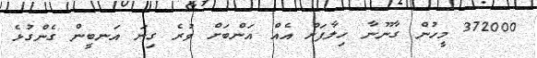
372000 މީހުން ގާނޫނާ ހިލާފަށް އެއް އަންބަށް ވުރެ ގިނަ އަނބީން ގެންގުޅެ